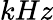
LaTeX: kHz